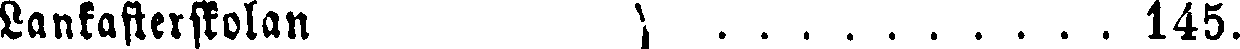
Lankasterskolan . . . . . . . . . . 145.